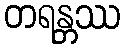
တရန္တဿ